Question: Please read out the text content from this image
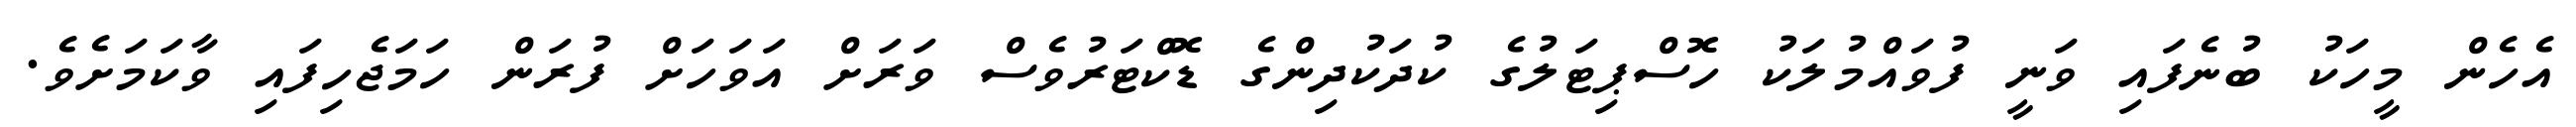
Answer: އެހެން މީހަކު ބުނެފައި ވަނީ ފުވައްމުލަކު ހޮސްޕިޓަލުގެ ކުދަކުދިންގެ ޑޮކްޓަރުވެސް ވަރަށް އަވަހަށް ފުރަން ހަމަޖެހިފައި ވާކަމަށެވެ.